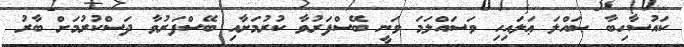
ކައުސާހިބާ ޞައްލަ ޢަލައިހި ވަސައްލަމަ ވަނީ ބޭސްފަރުވާ ކުރުމަށާއި ބޭސްފަރުވާ ދަސްކުރުމަށް ބާރު